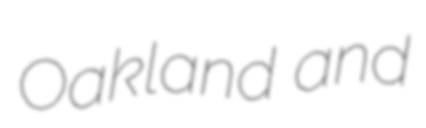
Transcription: Oakland and